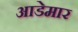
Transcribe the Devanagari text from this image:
आडेमार